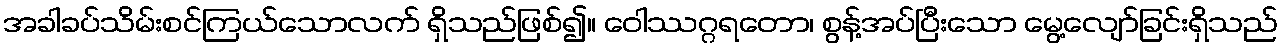
အခါခပ်သိမ်းစင်ကြယ်သောလက် ရှိသည်ဖြစ်၍။ ဝေါဿဂ္ဂရတော၊ စွန့်အပ်ပြီးသော မွေ့လျော်ခြင်းရှိသည်